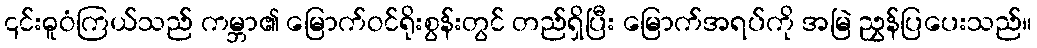
၎င်းဓူဝံကြယ်သည် ကမ္ဘာ၏ မြောက်ဝင်ရိုးစွန်းတွင် တည်ရှိပြီး မြောက်အရပ်ကို အမြဲ ညွှန်ပြပေးသည်။